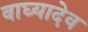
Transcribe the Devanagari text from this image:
वाघ्यादेव